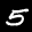
Label: 5